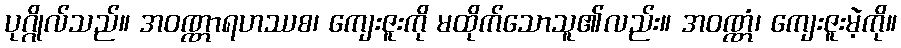
ပုဂ္ဂိုလ်သည်။ အဝဏ္ဏာရဟဿစ၊ ကျေးဇူးကို မထိုက်သောသူ၏လည်း။ အဝဏ္ဏံ၊ ကျေးဇူးမဲ့ကို။